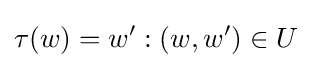
\tau (w)=w':(w,w')\in U